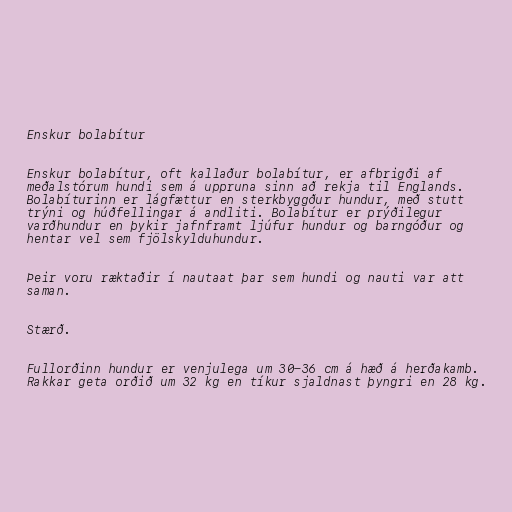
Enskur bolabítur

Enskur bolabítur, oft kallaður bolabítur, er afbrigði af
meðalstórum hundi sem á uppruna sinn að rekja til Englands.
Bolabíturinn er lágfættur en sterkbyggður hundur, með stutt
trýni og húðfellingar á andliti. Bolabítur er prýðilegur
varðhundur en þykir jafnframt ljúfur hundur og barngóður og
hentar vel sem fjölskylduhundur.

Þeir voru ræktaðir í nautaat þar sem hundi og nauti var att
saman.

Stærð.

Fullorðinn hundur er venjulega um 30-36 cm á hæð á herðakamb.
Rakkar geta orðið um 32 kg en tíkur sjaldnast þyngri en 28 kg.